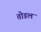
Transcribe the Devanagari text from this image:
तोडल